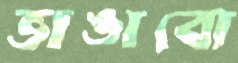
ভাঙাবো